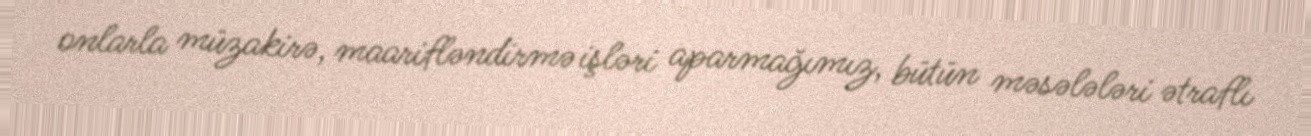
onlarla müzakirə, maarifləndirmə işləri aparmağımız, bütün məsələləri ətraflı